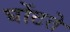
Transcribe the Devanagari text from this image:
घोंटते